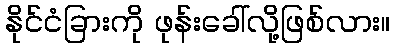
နိုင်ငံခြားကို ဖုန်းခေါ်လို့ဖြစ်လား။